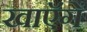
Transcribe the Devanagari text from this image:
खाएॅगें